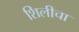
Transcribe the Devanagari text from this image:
शिलीचा